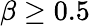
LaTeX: \beta\ge 0.5